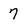
Character: 7